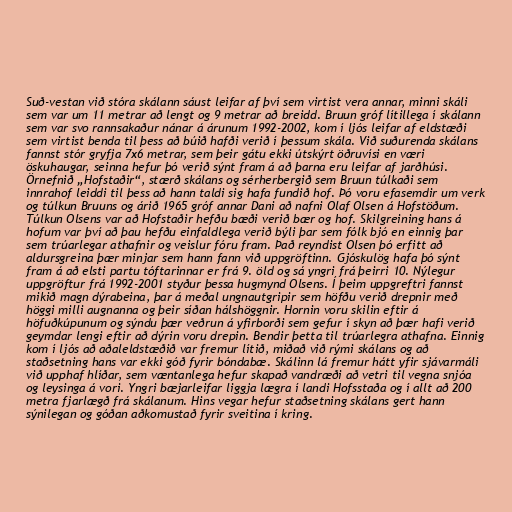
Suð-vestan við stóra skálann sáust leifar af því sem virtist vera annar, minni skáli
sem var um 11 metrar að lengt og 9 metrar að breidd. Bruun gróf lítillega í skálann
sem var svo rannsakaður nánar á árunum 1992-2002, kom í ljós leifar af eldstæði
sem virtist benda til þess að búið hafði verið í þessum skála. Við suðurenda skálans
fannst stór gryfja 7x6 metrar, sem þeir gátu ekki útskýrt öðruvísi en væri
öskuhaugar, seinna hefur þó verið sýnt fram á að þarna eru leifar af jarðhúsi.
Örnefnið „Hofstaðir“, stærð skálans og sérherbergið sem Bruun túlkaði sem
innrahof leiddi til þess að hann taldi sig hafa fundið hof. Þó voru efasemdir um verk
og túlkun Bruuns og árið 1965 gróf annar Dani að nafni Olaf Olsen á Hofstöðum.
Túlkun Olsens var að Hofstaðir hefðu bæði verið bær og hof. Skilgreining hans á
hofum var því að þau hefðu einfaldlega verið býli þar sem fólk bjó en einnig þar
sem trúarlegar athafnir og veislur fóru fram. Það reyndist Olsen þó erfitt að
aldursgreina þær minjar sem hann fann við uppgröftinn. Gjóskulög hafa þó sýnt
fram á að elsti partu tóftarinnar er frá 9. öld og sá yngri frá þeirri 10. Nýlegur
uppgröftur frá 1992-2001 styður þessa hugmynd Olsens. Í þeim uppgreftri fannst
mikið magn dýrabeina, þar á meðal ungnautgripir sem höfðu verið drepnir með
höggi milli augnanna og þeir síðan hálshöggnir. Hornin voru skilin eftir á
höfuðkúpunum og sýndu þær veðrun á yfirborði sem gefur í skyn að þær hafi verið
geymdar lengi eftir að dýrin voru drepin. Bendir þetta til trúarlegra athafna. Einnig
kom í ljós að aðaleldstæðið var fremur lítið, miðað við rými skálans og að
staðsetning hans var ekki góð fyrir bóndabæ. Skálinn lá fremur hátt yfir sjávarmáli
við upphaf hlíðar, sem væntanlega hefur skapað vandræði að vetri til vegna snjóa
og leysinga á vori. Yngri bæjarleifar liggja lægra í landi Hofsstaða og í allt að 200
metra fjarlægð frá skálanum. Hins vegar hefur staðsetning skálans gert hann
sýnilegan og góðan aðkomustað fyrir sveitina í kring.